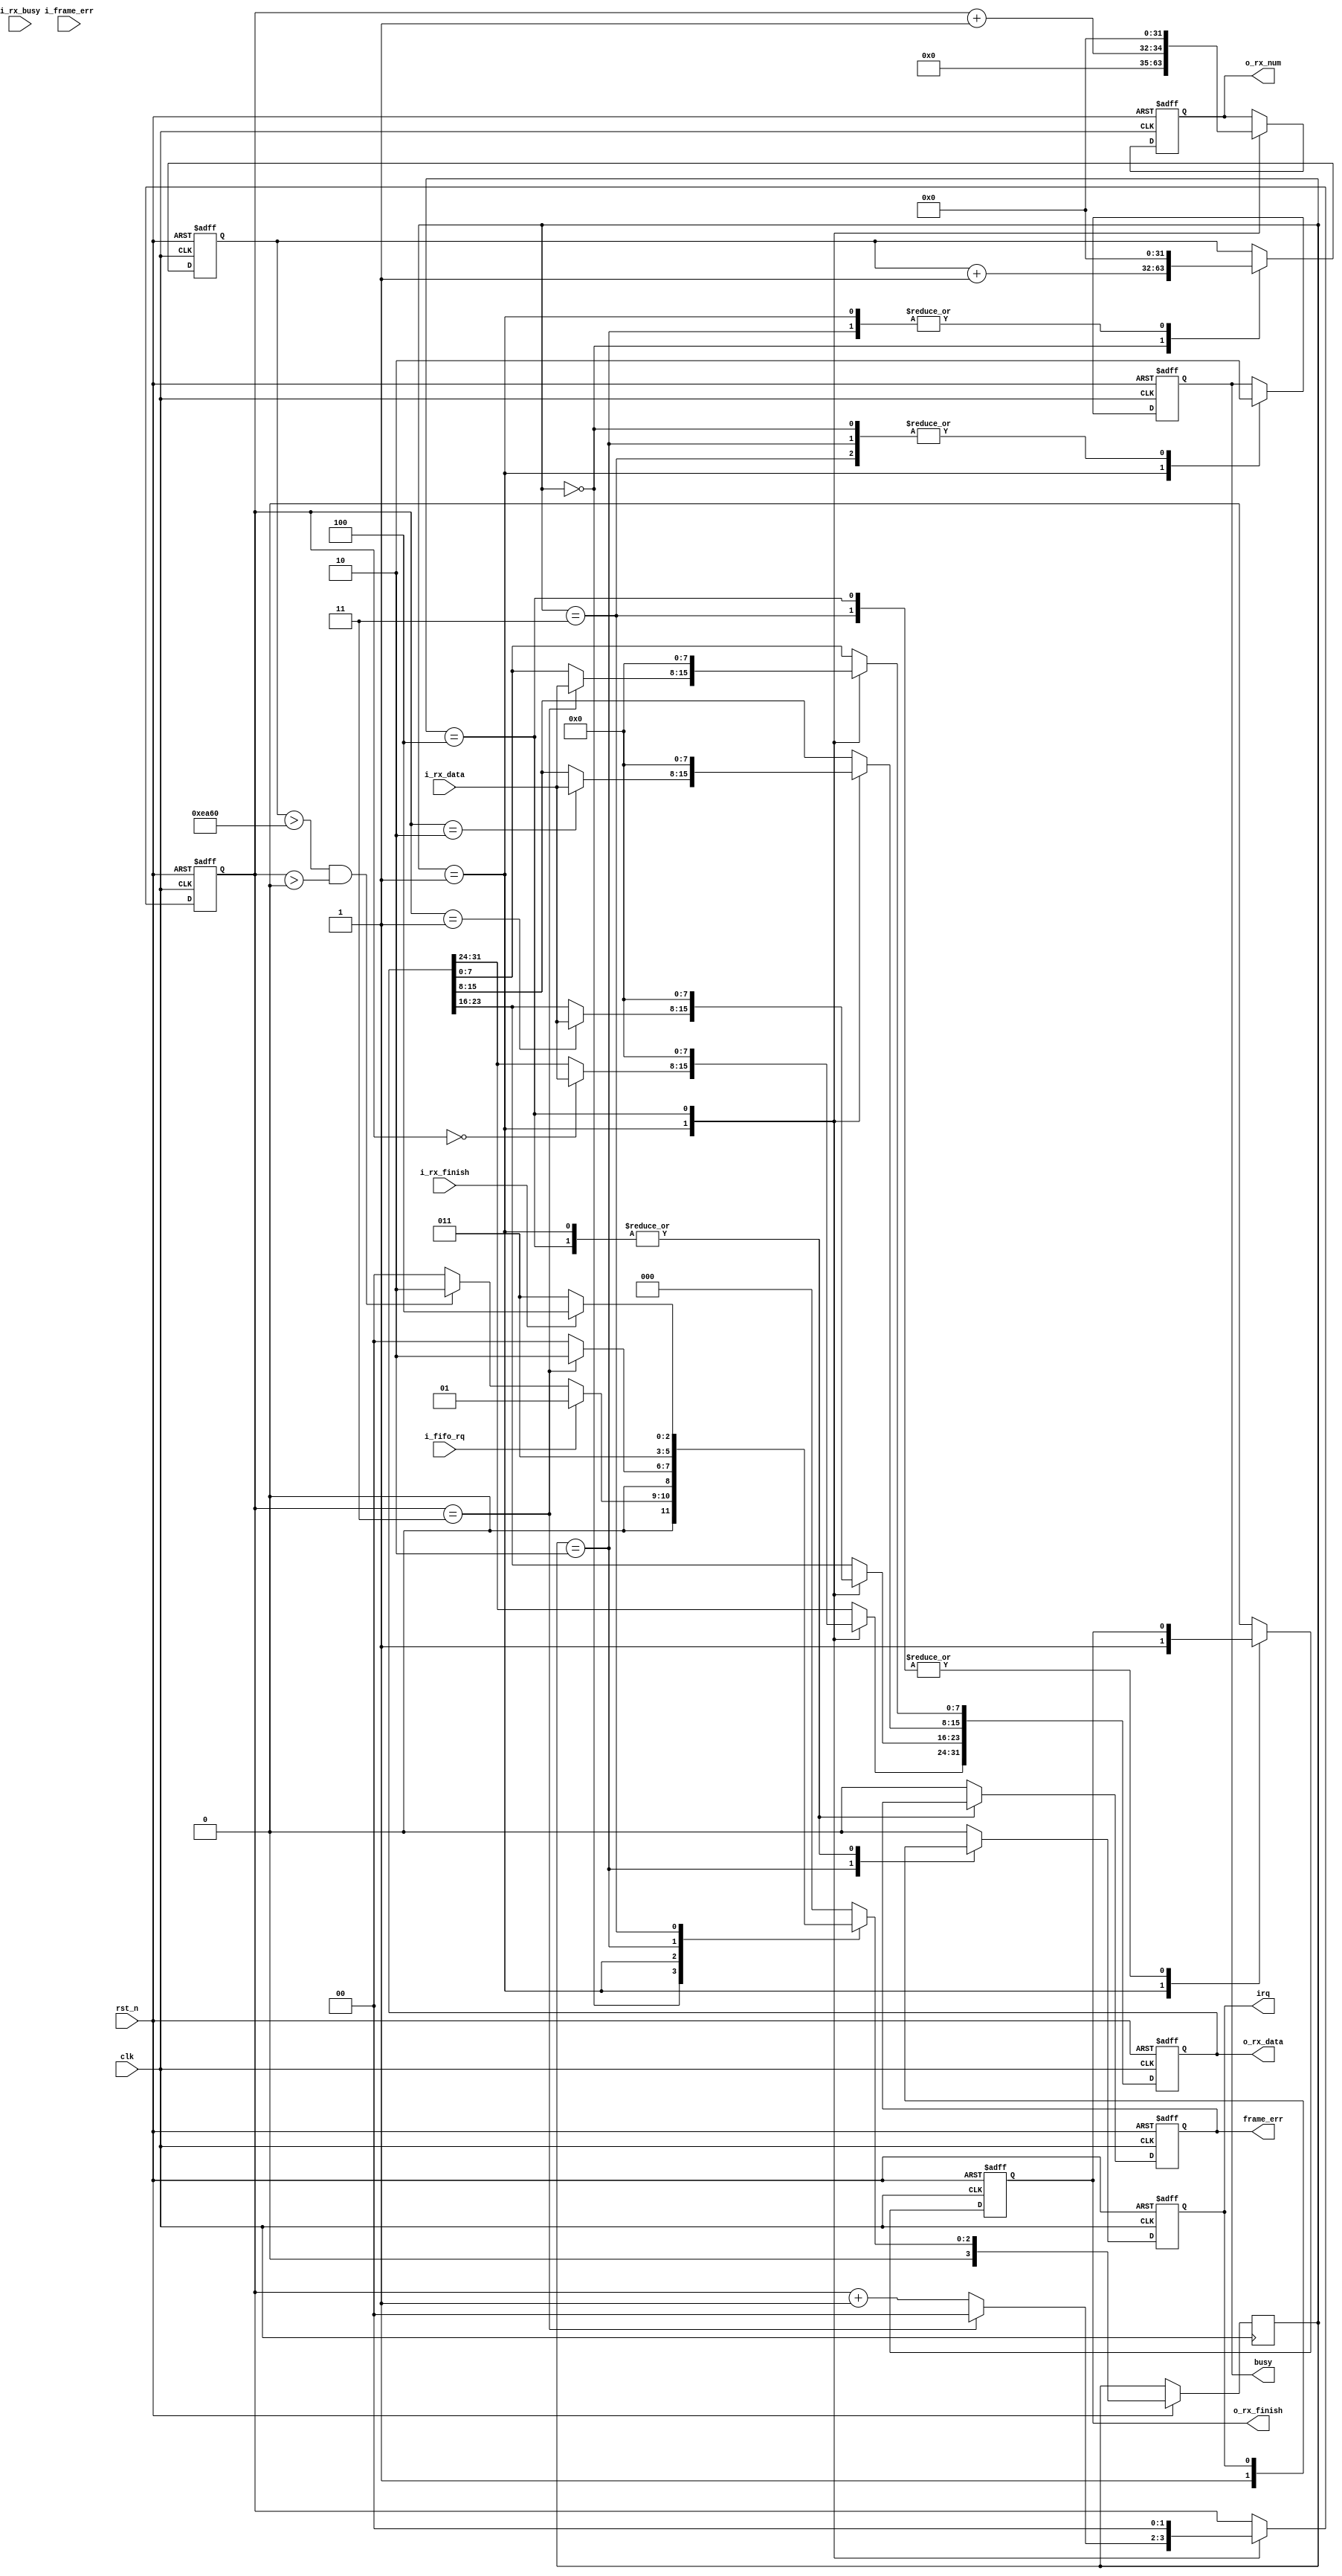
module uart_rx_fifo (
  input wire        rst_n,
  input wire        clk,
  input wire        i_fifo_rq,
  input wire [7:0]  i_rx_data,
  output reg        o_rx_finish,
  input wire        i_frame_err,
  input wire        i_rx_busy,
  output reg        irq,
  output reg [31:0] o_rx_data,
  output reg [31:0] o_rx_num,
  input wire        i_rx_finish,
  output reg        frame_err,
  output reg        busy
);

  parameter WAIT        = 4'd0;
  parameter READ        = 4'd1;
  parameter IRQ         = 4'd2;
  parameter WAIT_READ   = 4'd3;
  parameter RST         = 4'd4;

  reg [3:0]  state, next_state;
  reg [1:0]  cnt;
  reg [31:0] idle_cnt;

  always @(posedge clk or negedge rst_n) begin
    if(!rst_n) begin
        o_rx_finish <= 1'b0;
        irq <= 1'b0;
        frame_err <= 1'b0;
        busy <= 1'b0;
        o_rx_data <= 32'b0;
        o_rx_num <= 32'b0;
        cnt <= 2'b00;
        idle_cnt <= 32'd0;
    end else begin
        state <= next_state;
        case(state)
        WAIT:begin
            o_rx_finish <= 1'b0;
            irq <= 1'b0;
            frame_err <= 1'b0;
            busy <= 1'b0;
            idle_cnt <= idle_cnt + 32'd1;
        end
        READ:begin
            case(cnt)
                2'b00: o_rx_data[31:24] <= i_rx_data;
                2'b01: o_rx_data[23:16] <= i_rx_data;
                2'b10: o_rx_data[15:8] <= i_rx_data;
                2'b11: o_rx_data[7:0] <= i_rx_data;
            endcase
            o_rx_num <= cnt + 32'd1;
            o_rx_finish <= 1'b1;
            busy <= 1'b1;
            if(cnt == 2'b11)
                    cnt <= 2'b00;
            else    cnt <= cnt + 2'b01;
            idle_cnt <= 32'd0;
        end
        IRQ:begin
            o_rx_finish <= 1'b0;
            irq <= 1'b1;
            busy <= 1'b0;
            frame_err <= 1'b0;
            idle_cnt <= 32'd0;
        end
        WAIT_READ:begin
            irq <= 1'b0;
            busy <= 1'b0;
            frame_err <= 1'b0;
        end
        RST:begin
            o_rx_data <= 32'b0;
            o_rx_num <= 32'b0;
            cnt <= 2'b00;
        end
        default:begin
            o_rx_finish <= 1'b0;
            irq <= 1'b0;
            frame_err <= 1'b0;
        end
        endcase
    end
  end

  always @(*) begin
    case(state)
    WAIT:
        if(i_fifo_rq) 
                next_state = READ;
        else if(idle_cnt > 32'd60000 && cnt > 2'b00)
                next_state = IRQ;
        else    next_state = WAIT;
    READ:
        if(cnt == 2'b11)     
                next_state = IRQ;
        else    next_state = WAIT;
    IRQ:        next_state = WAIT_READ;
    WAIT_READ:
        if(i_rx_finish)
                next_state = RST;
        else    next_state = WAIT_READ;
    RST:        next_state = WAIT;
    default:    next_state = WAIT;
    endcase
  end

endmodule